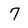
Character: 7